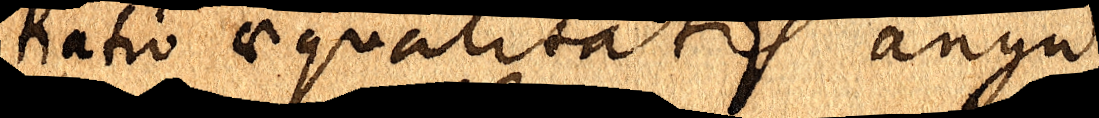
Ratio aequalitatis angu